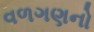
વળગણનો